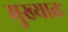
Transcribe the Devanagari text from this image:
मुख्यातः